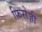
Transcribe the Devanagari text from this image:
फ़िरोज़ी